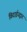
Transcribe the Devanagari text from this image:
विदाईउद्गार